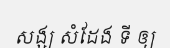
សង្ឃ សំដែង ទី ឲ្យ